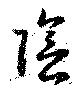
陰